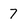
Character: 7